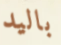
باليد